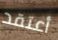
أعتقد